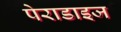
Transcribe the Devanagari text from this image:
पेराडाइज